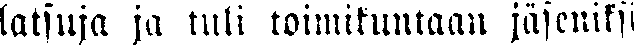
latsuja ja tuli toimikuntaan jäseniksi